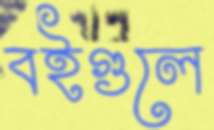
বইগুলে